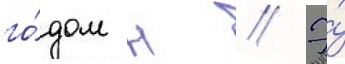
го́дом н // Э́